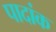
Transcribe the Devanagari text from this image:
पादांक